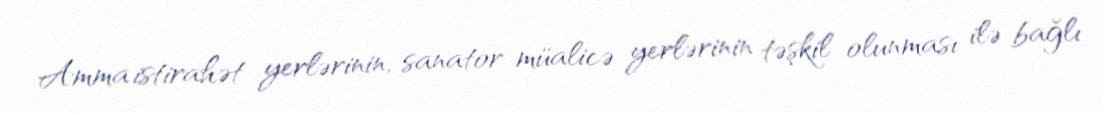
Amma istirahət yerlərinin, sanator-müalicə yerlərinin təşkil olunması ilə bağlı